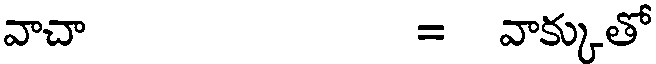
వాచా = వాక్కుతో